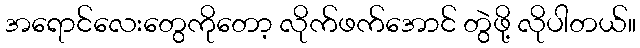
အရောင်လေးတွေကိုတော့ လိုက်ဖက်အောင် တွဲဖို့ လိုပါတယ်။